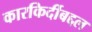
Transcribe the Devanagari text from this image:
कारकिर्दीबद्दल